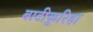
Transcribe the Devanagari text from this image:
बाटीकुरिहा